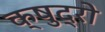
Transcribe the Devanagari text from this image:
क्षुद्रो